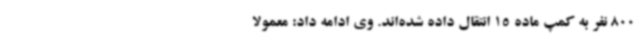
800 نفر به کمپ ماده 15 انتقال داده شده‌اند. وی ادامه داد: معمولاً